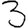
Digit: 3